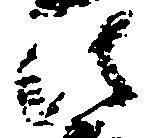
法